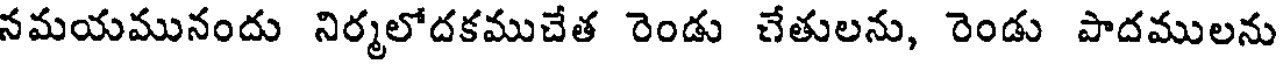
నమయమునందు నిర్మలోదకముచేత రెండు చేతులను, రెండు పాదములను